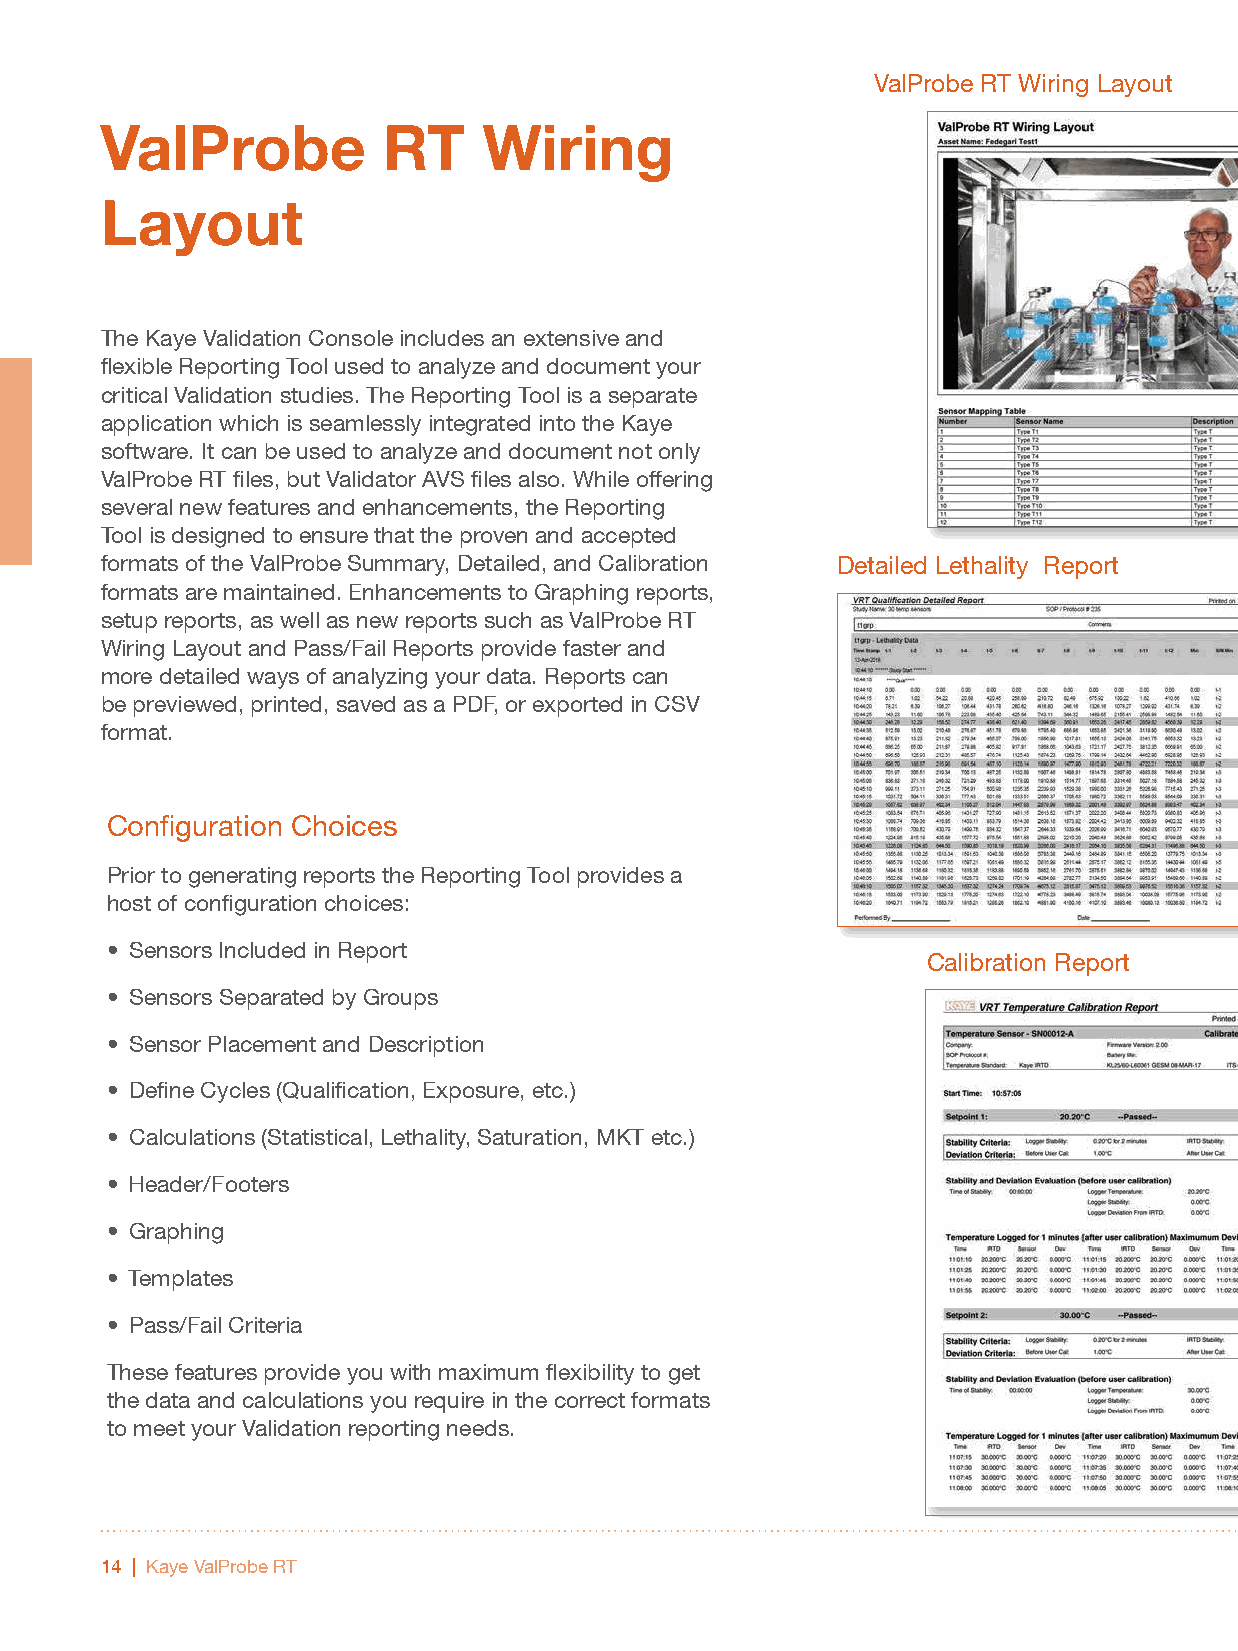
ValProbe RT Wiring Layout
 ValProbe          RT     Wiring
 Layout
 The Kaye Validation Console includes an extensive and
 flexible Reporting Tool used to analyze and document your
 critical Validation studies. The Reporting Tool is a separate
 application which is seamlessly integrated into the Kaye
 software. It can be used to analyze and document not only
 ValProbe RT files, but Validator AVS files also. While offering
 several new features and enhancements, the Reporting
 Tool is designed to ensure that the proven and accepted
 formats of the ValProbe Summary, Detailed, and Calibration Detailed Lethality Report
 formats are maintained. Enhancements to Graphing reports,
 setup reports, as well as new reports such as ValProbe RT
 Wiring Layout and Pass/Fail Reports provide faster and
 more detailed ways of analyzing your data. Reports can
 be previewed, printed, saved as a PDF, or exported in CSV
 format.
 Configuration Choices
 Prior to generating reports the Reporting Tool provides a
 host of configuration choices:
 • Sensors Included in Report
 Calibration Report
 • Sensors Separated by Groups
 • Sensor Placement and Description
 • Define Cycles (Qualification, Exposure, etc.)
 • Calculations (Statistical, Lethality, Saturation, MKT etc.)
 • Header/Footers
 • Graphing
 • Templates
 • Pass/Fail Criteria
 These features provide you with maximum flexibility to get
 the data and calculations you require in the correct formats
 to meet your Validation reporting needs.
 14 | Kaye ValProbe RT